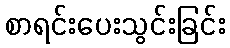
စာရင်းပေးသွင်းခြင်း